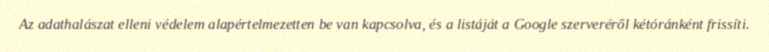
Az adathalászat elleni védelem alapértelmezetten be van kapcsolva, és a listáját a Google szerveréről kétóránként frissíti.